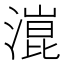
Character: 潉